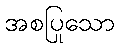
အစပြုသော